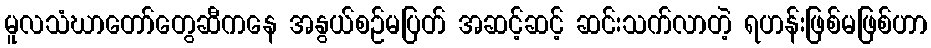
မူလသံဃာတော်တွေဆီကနေ အနွယ်စဉ်မပြတ် အဆင့်ဆင့် ဆင်းသက်လာတဲ့ ရဟန်းဖြစ်မဖြစ်ဟာ